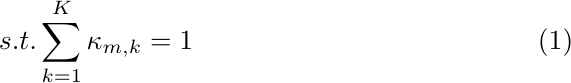
\begin{flalign} \label{WS_Contraint}
s.t. \sum_{k=1}^{K}\kappa_{m,k}=1
 \end{flalign}